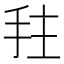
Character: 𫼠